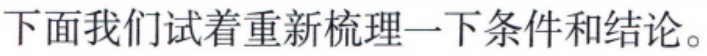
下面我们试着重新梳理一下条件和结论。